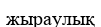
жыраулық